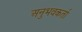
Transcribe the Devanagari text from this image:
अनुभवकर्ता